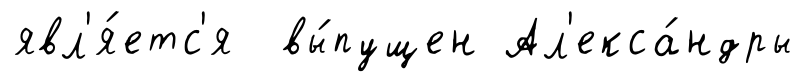
явл'я́етс'я вы́пущен Ал'екса́ндры